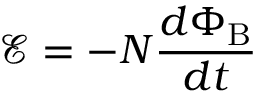
{ \mathcal { E } } = - N { \frac { d \Phi _ { \mathrm { B } } } { d t } }